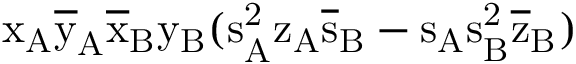
\mathrm { x _ { A } \mathrm { \overline { { y } } _ { A } \mathrm { \overline { { x } } _ { B } \mathrm { y _ { B } ( \mathrm { s _ { A } ^ { 2 } \mathrm { z _ { A } \mathrm { \overline { { s } } _ { B } - \mathrm { s _ { A } \mathrm { s _ { B } ^ { 2 } \mathrm { \overline { { z } } _ { B } ) } } } } } } } } } }